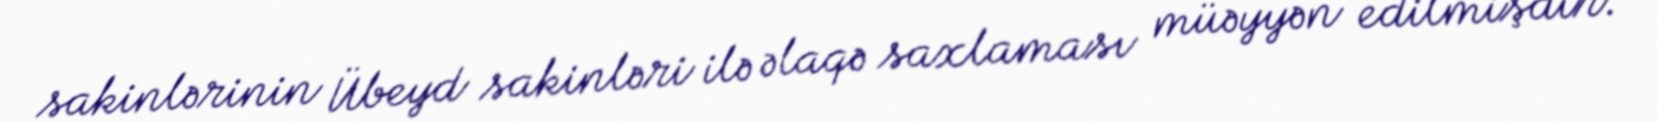
sakinlərinin Übeyd sakinləri ilə əlaqə saxlaması müəyyən edilmişdir.